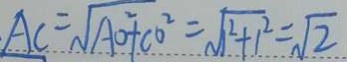
A C = \sqrt { A O ^ { 2 } + C O ^ { 2 } } = \sqrt { 1 ^ { 2 } + 1 ^ { 2 } } = \sqrt { 2 }